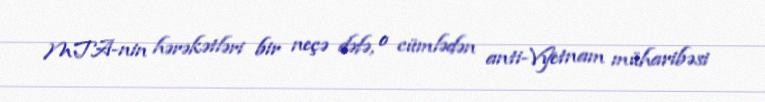
MTA-nin hərəkətləri bir neçə dəfə, o cümlədən anti-Vyetnam müharibəsi